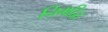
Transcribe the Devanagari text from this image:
निगदित